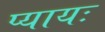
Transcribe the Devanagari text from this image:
प्यायः